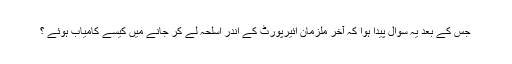
جس کے بعد یہ سوال پیدا ہوا کہ آخر ملزمان ائیرپورٹ کے اندر اسلحہ لے کر جانے میں کیسے کامیاب ہوئے ؟